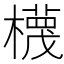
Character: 𣝱